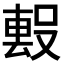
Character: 𭮻